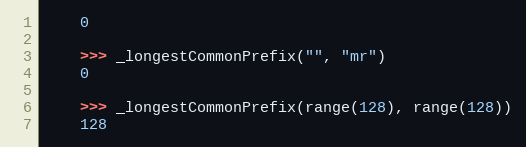
Language: Python
    0

    >>> _longestCommonPrefix("", "mr")
    0

    >>> _longestCommonPrefix(range(128), range(128))
    128